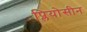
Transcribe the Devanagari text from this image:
प्लियोसीन